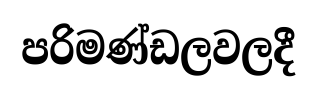
පරිමණ්ඩලවලදී